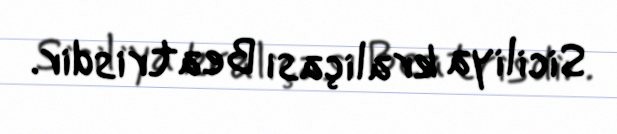
Siciliya kraliçası Beatrisdir.